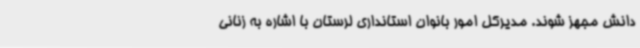
دانش مجهز شوند. مدیرکل امور بانوان استانداری لرستان با اشاره به زنانی